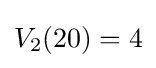
V_{2}(20)=4